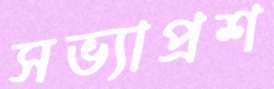
সভ্যাপ্রশ